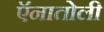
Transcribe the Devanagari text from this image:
ऍनातोली